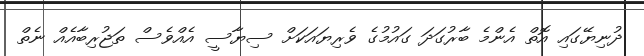
ދުނިޔޭގައި އޮތް އެންމެ ބާރުގަދަ ގައުމުގެ ވެރިޔައަކަށް ސިޔާސީ އެއްވެސް ތަޖުރިބާއެއް ނެތް